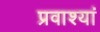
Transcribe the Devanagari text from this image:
प्रवाश्यां